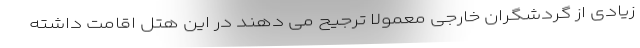
زیادی از گردشگران خارجی معمولا ترجیح می دهند در این هتل اقامت داشته